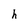
Character: h